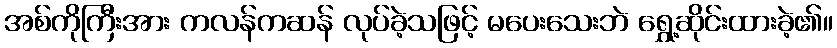
အစ်ကိုကြီးအား ကလန်ကဆန် လုပ်ခဲ့သဖြင့် မပေးသေးဘဲ ရွှေ့ဆိုင်းထားခဲ့၏။